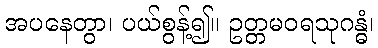
အပနေတွာ၊ ပယ်စွန့်၍။ ဥတ္တမဝရသုဂန္ဓံ၊